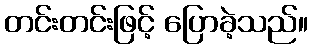
တင်းတင်းဖြင့် ပြောခဲ့သည်။